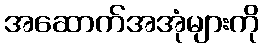
အဆောက်အအုံများကို